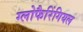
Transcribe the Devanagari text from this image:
ग्लोफैरिंगियल